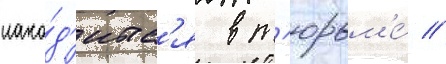
нахо́д'итс'я в т'юрьм'е́ /